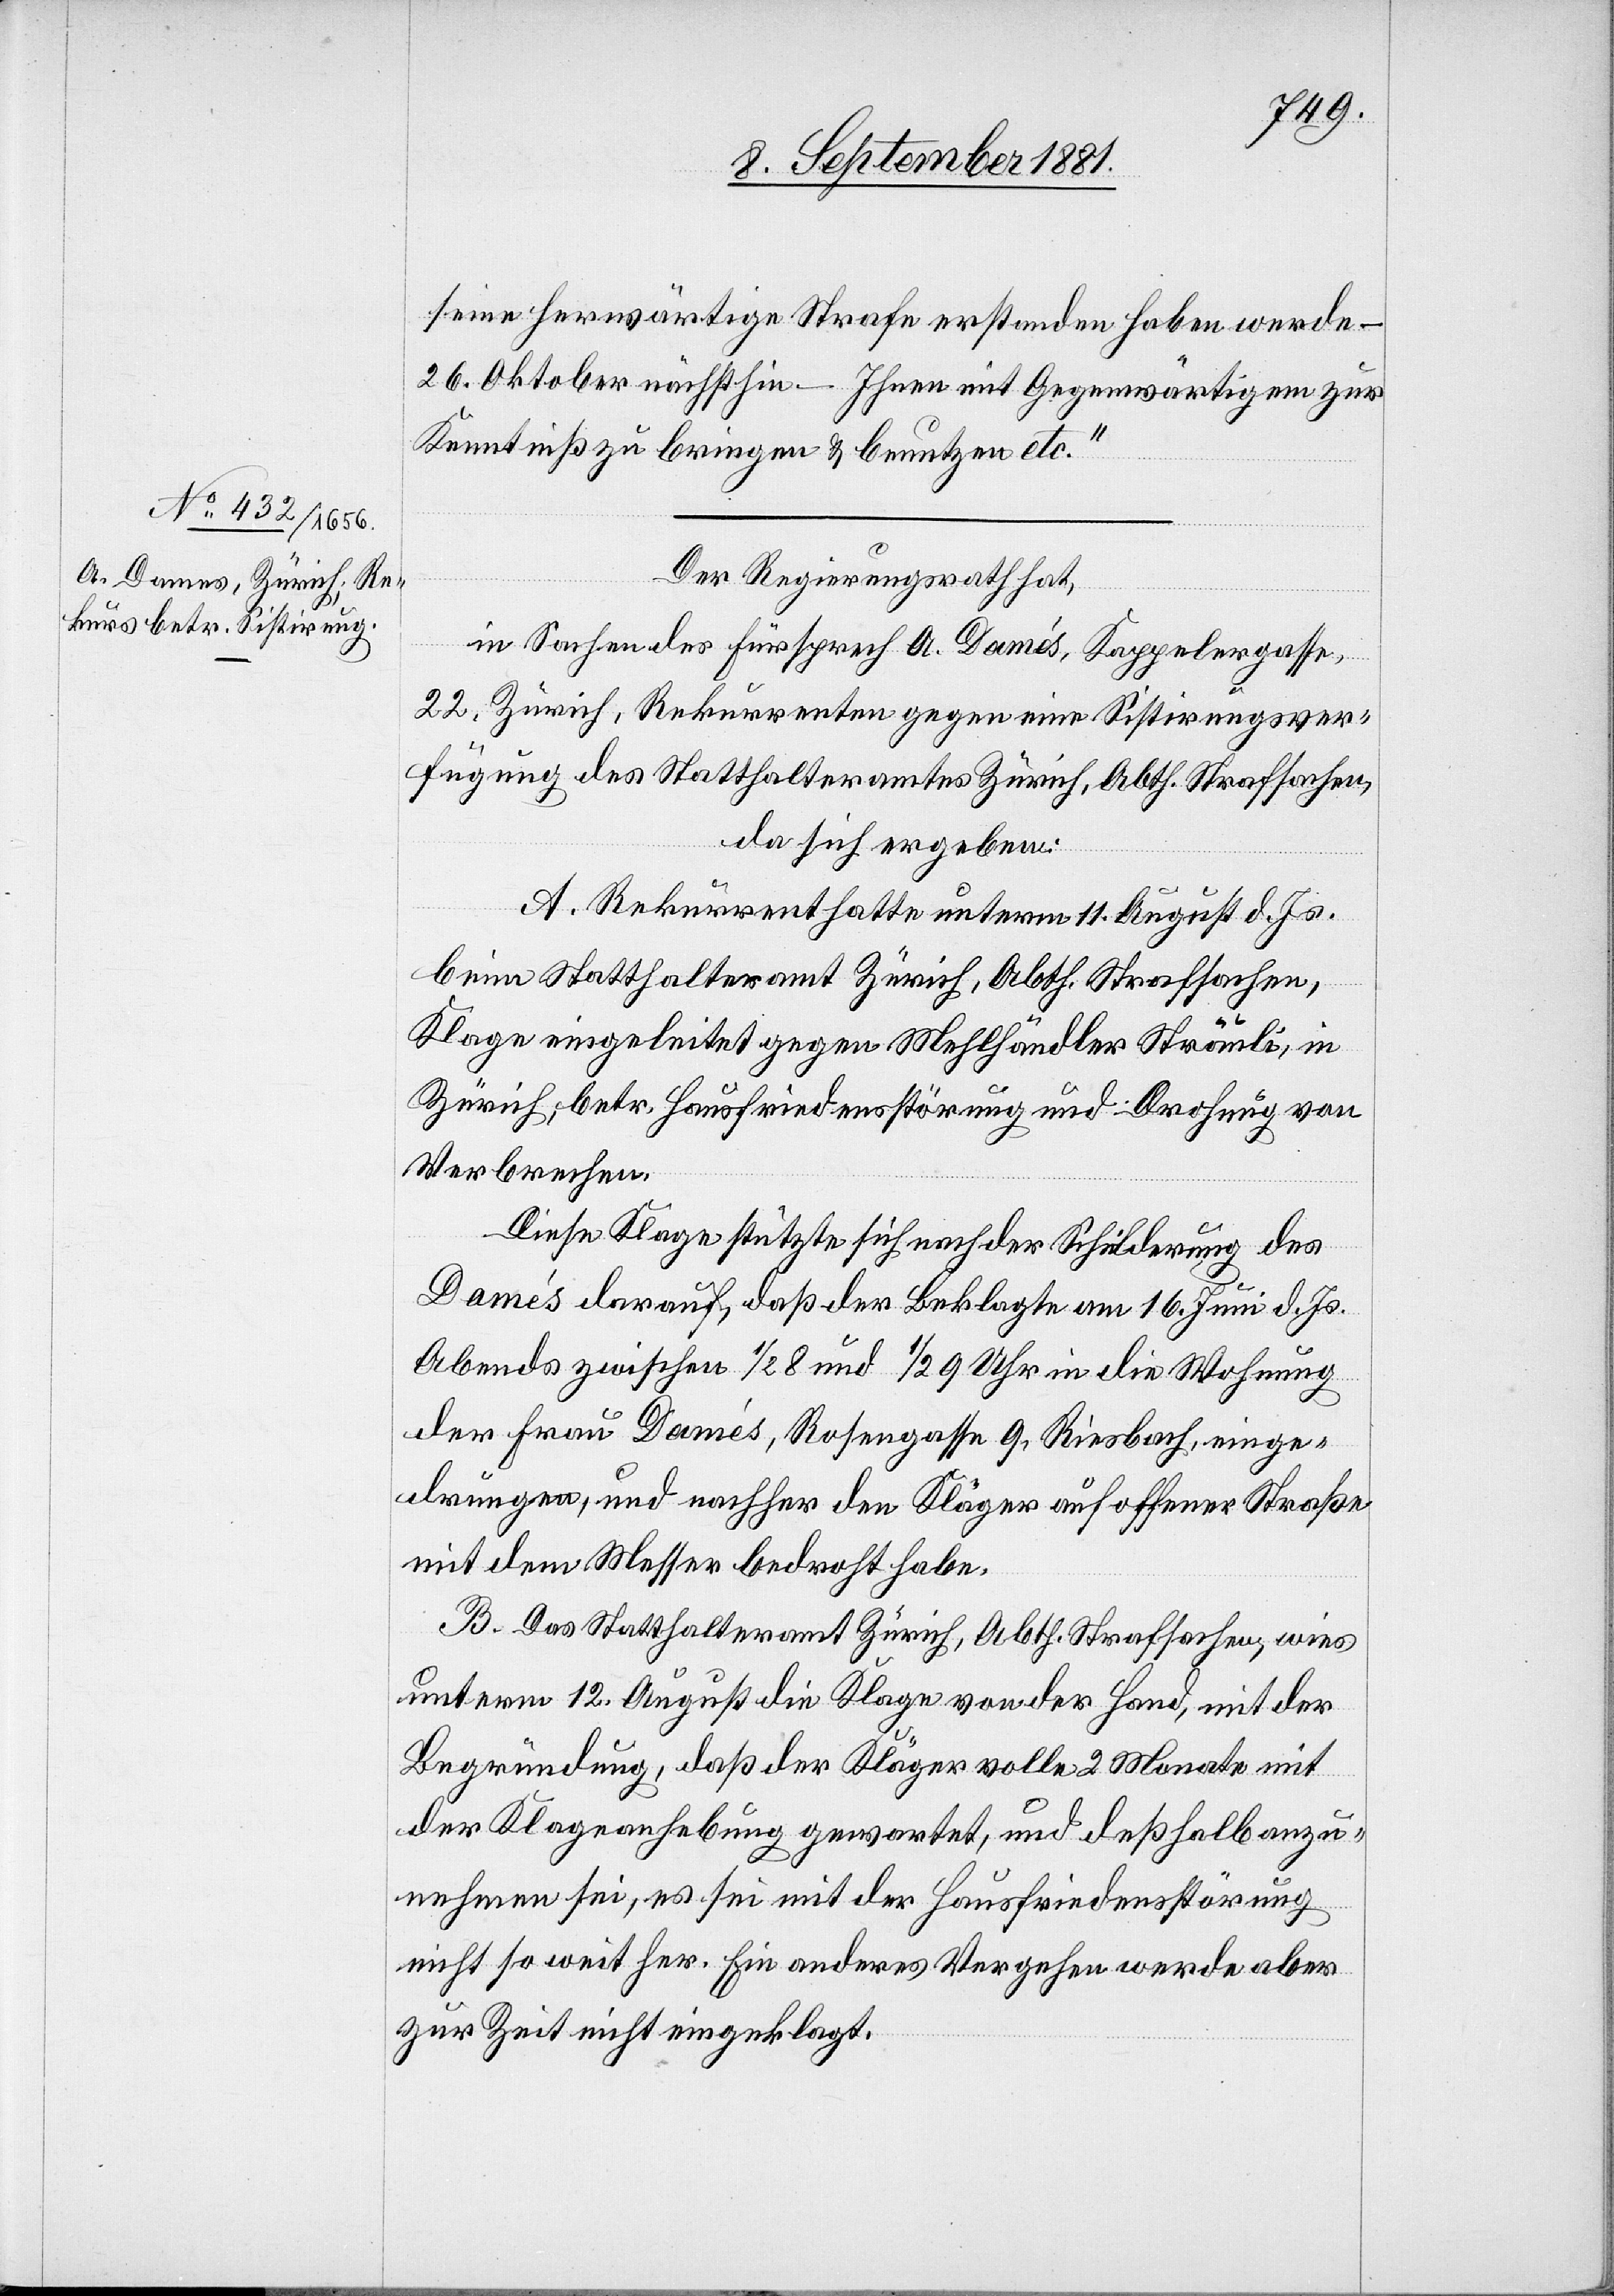
seine herwärtige Strafe erstanden haben werde –
26. Oktober nächsthin – Ihren mit Gegenwärtigem zur
Kenntniß zu bringen & benutzen etc.“
Der Regierungsrath hat,
in Sachen des Fürsprech A. Damés [sic!], Kappelergasse,
22, Zürich, Rekurrenten gegen eine Sistirungsver¬
fügung des Statthalteramtes Zürich, Abth. Strafsachen,
da sich ergeben:
A. Rekurrent hatte unterm 11. August d. Js.
beim Statthalteramt Zürich, Abth. Strafsachen,
Klage eingeleitet gegen Mehlhändler Sträuli, in
Zürich, betr. Hausfriedenstörung und Drohung von
Verbrechen.
Diese Klage stützte sich nach der Schilderung des
Damés darauf, daß der Beklagte am 16. Juni d. Js.
Abends zwischen 1/2 8 und 1/2 9 Uhr in die Wohnung
der Frau Damés, Rosengasse 9, Riesbach, einge¬
drungen, und nachher den Kläger auf offener Straße
mit dem Messer bedroht habe.
B. Das Statthalteramt Zürich, Abth. Strafsachen, wies
unterm 12. August die Klage von der Hand, mit der
Begründung, daß der Kläger volle 2 Monate mit
der Klageanhebung gewartet, und deßhalb anzu¬
nehmen sei, es sei mit der Haufriedensstörung
nicht so weit her. Ein anderes Vergehen werde aber
zur Zeit nicht eingeklagt.